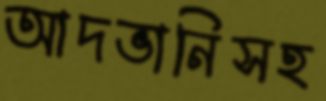
আদভানিসহ